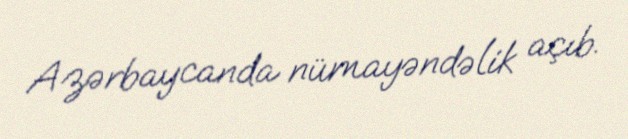
Azərbaycanda nümayəndəlik açıb.